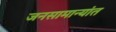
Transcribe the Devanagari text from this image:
जनसामान्यांत